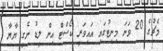
މެޗުގެ 20 ވަނަ މިނިޓުގައި އައިވަރީ ކޯސްޓް އިން ލީޑު ނެގީ ޔާޔާ